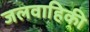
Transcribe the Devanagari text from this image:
जलवाहिकी